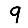
Digit: 9